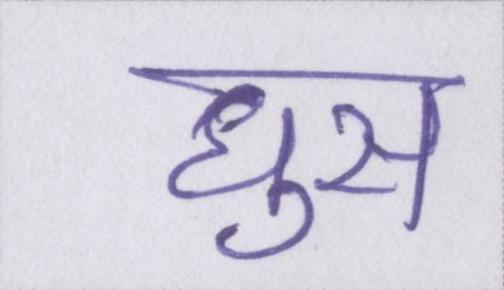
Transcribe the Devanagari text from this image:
घुस